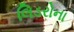
લિડરોના